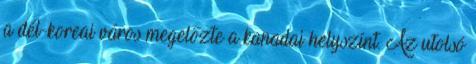
a dél-koreai város megelőzte a kanadai helyszínt. Az utolsó